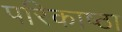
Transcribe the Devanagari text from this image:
परिकाष्ठा